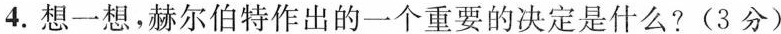
4.想一想，赫尔伯特作出的一个重要的决定是什么?(3分)